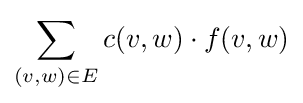
\sum _{(v,w)\in E}c(v,w)\cdot f(v,w)